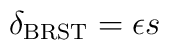
\delta_{\mbox{\scriptsize BRST}}=\epsilon s